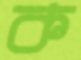
ক